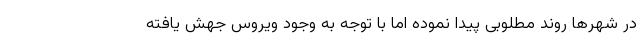
در شهرها روند مطلوبی پیدا نموده اما با توجه به وجود ویروس جهش یافته